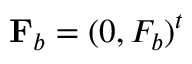
\mathbf { F } _ { b } = ( 0 , F _ { b } ) ^ { t }